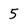
Character: 5